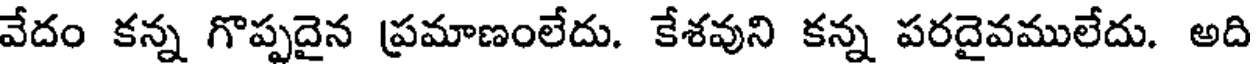
వేదం కన్న గొప్పదైన ప్రమాణంలేదు. కేశవుని కన్న పరదైవములేదు. అది